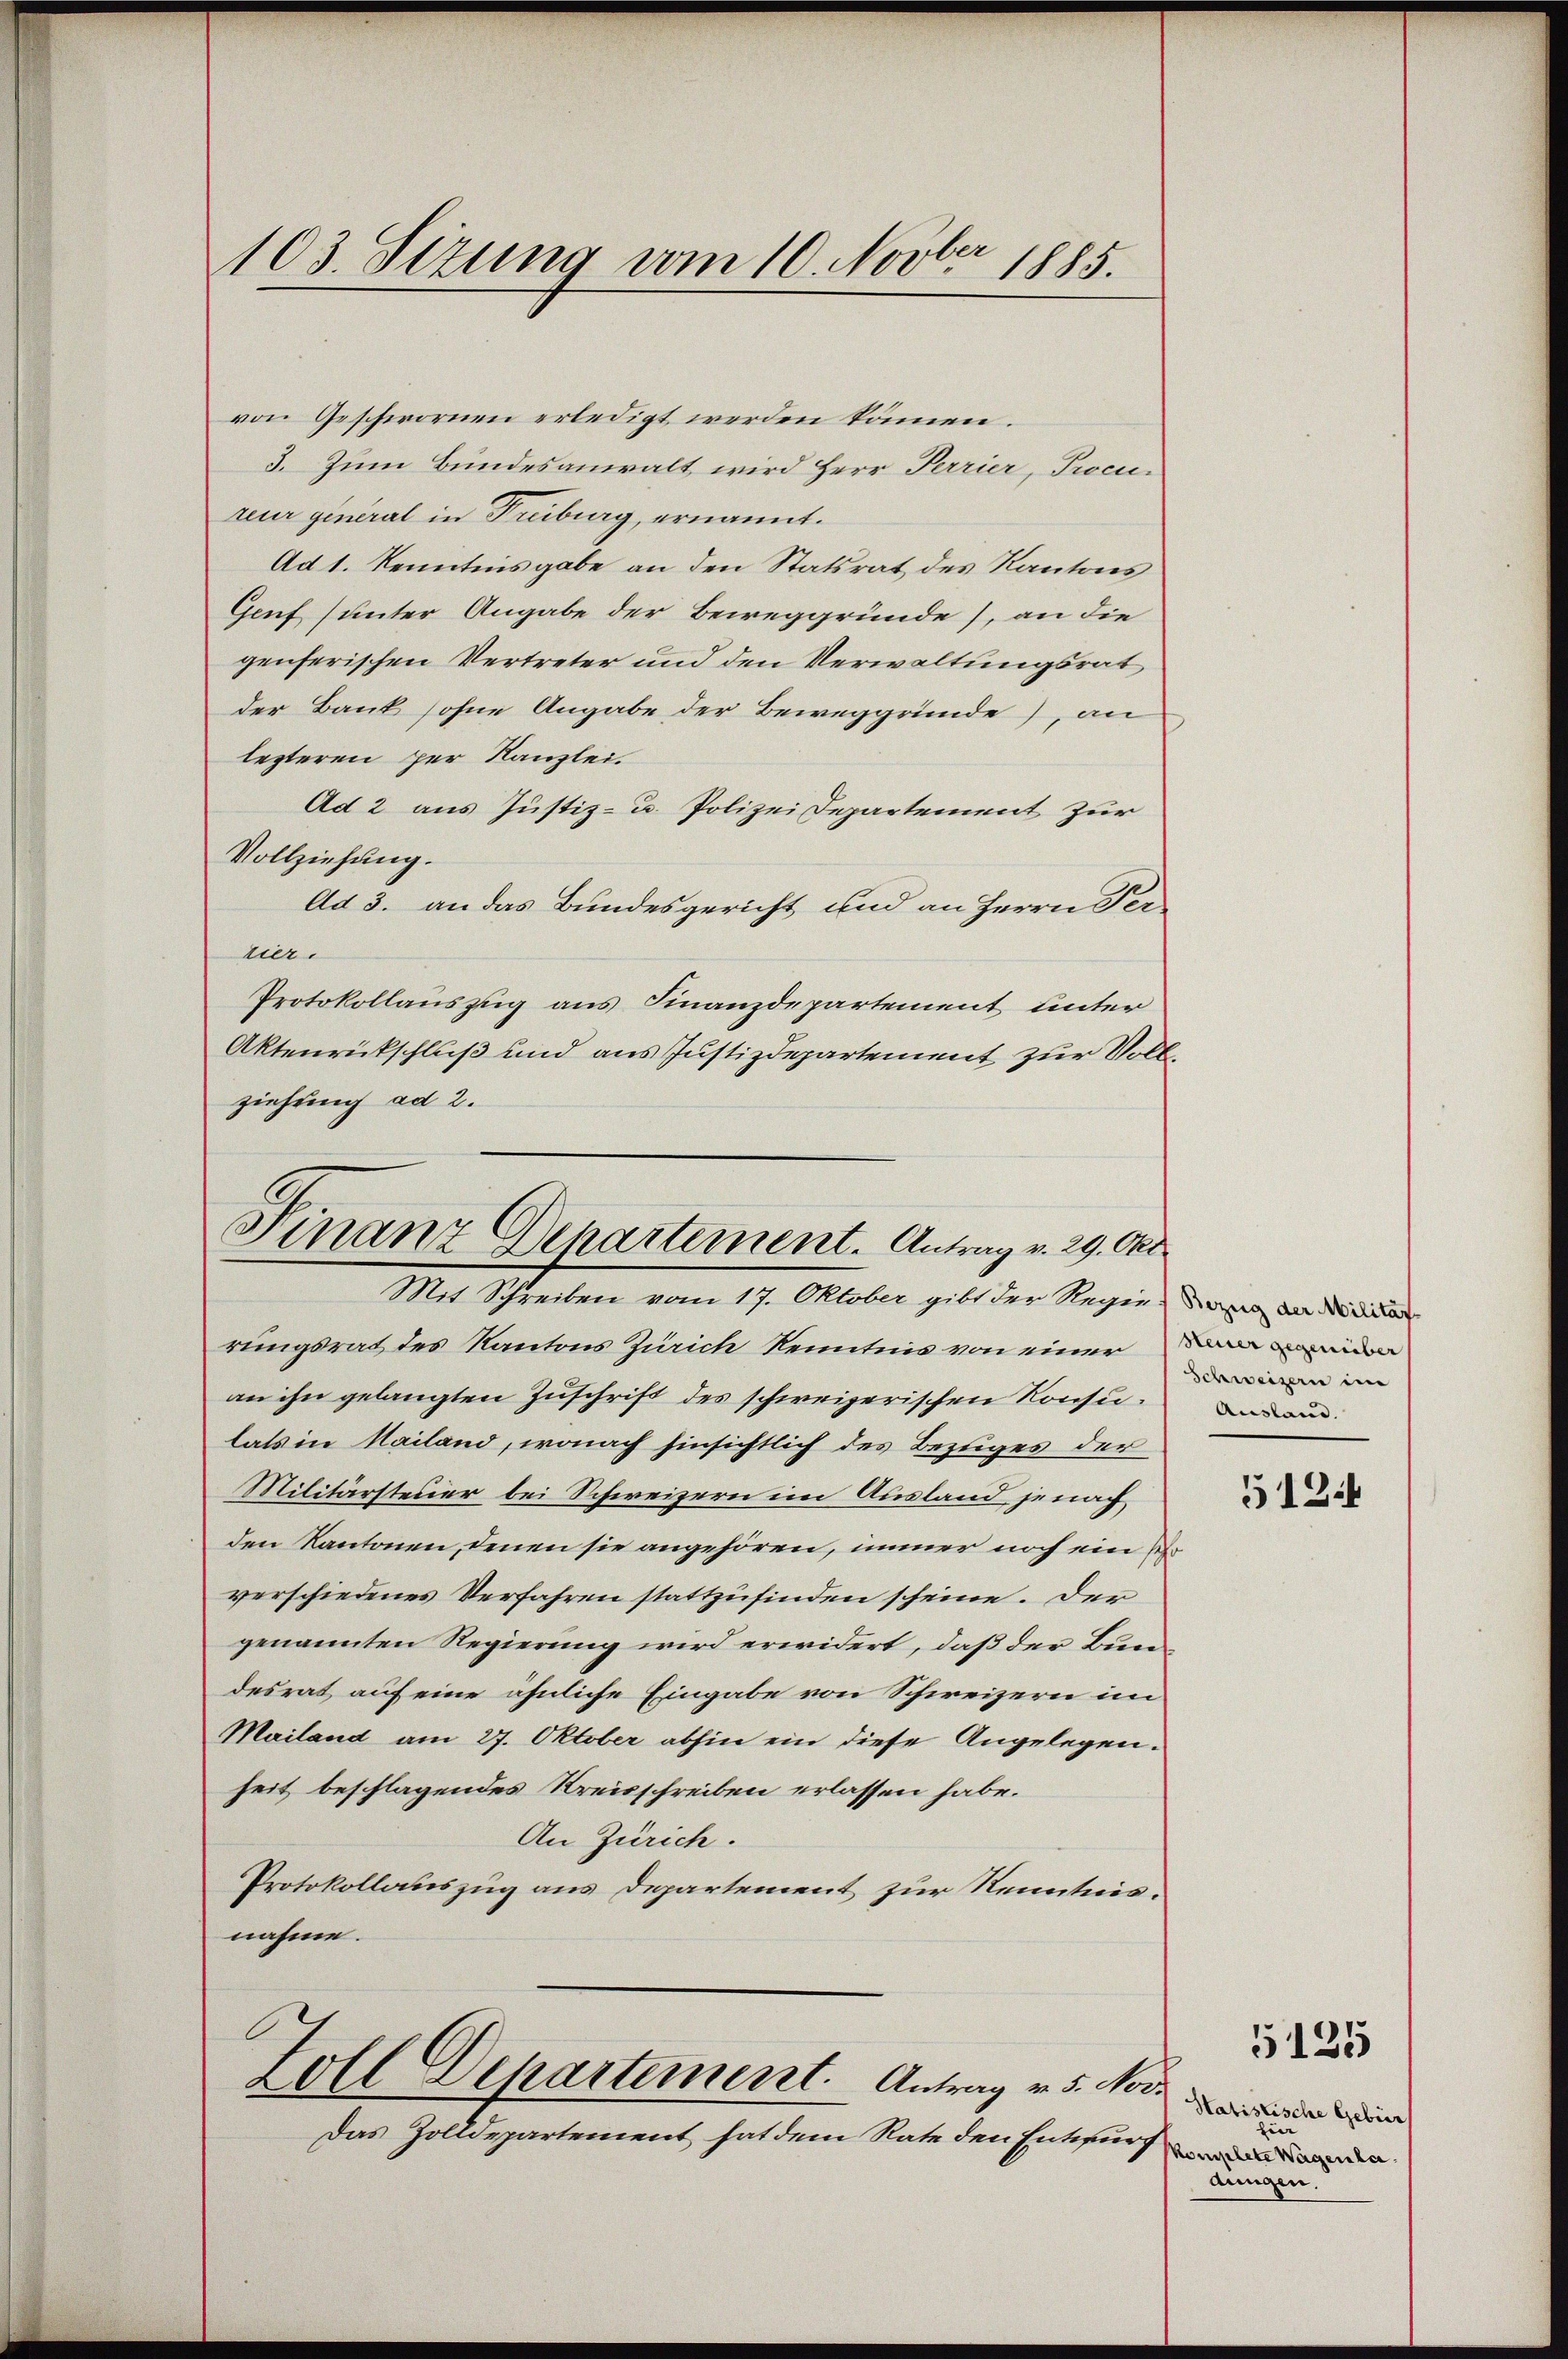
103. Sizung vom 10. Novber 1885.

von Geschwornen erledigt werden können.
3. Zum Bundesanwalt wird Herr Perrier, Procureur general in Truburg, ernannt.
Ad 1. Kenntnisgabe an den Statsrat des Kantons
Genf (unter Angabe der Beweggründe), an die
genferischen Vertreter und den Verwaltungsrat
der Bank sohne Angabe der Beweggründe), an
lezteren per Kanzlei.
Ad 2 aus Justiz- u. Polizei Departement zur
Vollziehung.
Ad 3. an das Bundesgericht und an Herrn Perrier.
Protokollauszug aus Finanzdepartement unter
Aktenrückschluß und aus Justizdepartement zur Vollziehung ad 2.

Finanz Departement. Antrag v. 29. Okt.
Mit Schreiben vom 17. Oktober gibt der Regien der die

rungsrat des Kantons Zürich Kenntnis von einer
an ihn gelangten Zuschrift des schweizerischen Konsu- und and
lats in Mailand, wonach hinsichtlich des Bezuges der
Militärsteuer bei Schweizern im Ausland je nach
den Kantonen, denen sie angehören, immer noch ein
verschiedenes Verfahren stattzufinden scheine. Der
genannten Regierung wird erwidert, daß der Bundesrat auf eine ähnliche Eingabe von Schweizern im
Mailand am 27. Oktober abhin ein diese Angelegen.
heit beschlagendes Kreisschreiben erlassen habe.
An Zürich.
Protokollauszug aus Departement zur Kenntnisnahme.
Zoll Departement. Antrag v. 5. Nov.
Das Zolldepartement hat dem Rate den Entwurf und

Steuer gegenüber
Schweizern im

5124

Hatistische Gebier
Ein
dungen.

5125